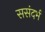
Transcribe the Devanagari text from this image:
ससंदर्भ